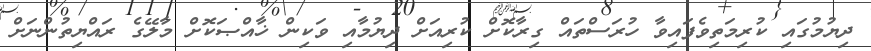
ދިޔުމުގައި ކުރިމަތިވެފައިވާ ހުރަސްތައް ގިރާކޮށް ކުރިއަށް ދިޔުމާއި ވަކިން ޚާއްޞަކޮށް މާލޭގެ ރައްޔިތުންނަށް